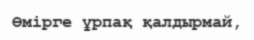
Өмірге ұрпақ қалдырмай,